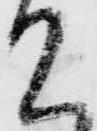
て